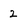
Character: 2